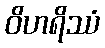
ဝိဟရိဿံ